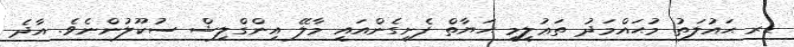
ޑރ ޙައުލަތު މުޙައްމަދު ތަޢުލީމީ ޙަޔާތް ފެށިގެންއައީ މާލޭ އިންގްލިޝް ސުކޫލުންނެވެ. އާދެ